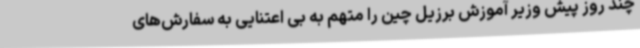
چند روز پیش وزیر آموزش برزیل چین را متهم به بی اعتنایی به سفارش‌های